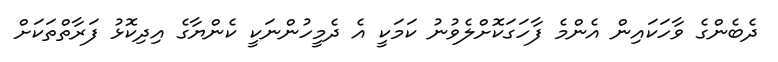
ދެބެންގެ ވާހަކައިން އެންމެ ފާހަގަކޮށްލެވުނު ކަމަކީ އެ ދެމީހުންނަކީ ކެންޔާގެ އިދިކޮޅު ފަރާތްތަކަށް